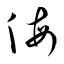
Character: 侮